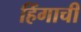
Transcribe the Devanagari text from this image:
हिंगाची